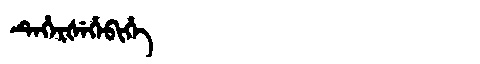
Manchu: ᡨᡝᡥᡝᡵᡧᡝᡥᡝᠪᡳᡥᡝ
Romanization: TEHERŠEHEBIHE